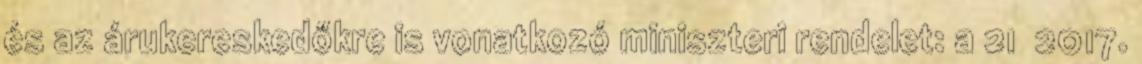
és az árukereskedőkre is vonatkozó miniszteri rendelet: a 21 2017.